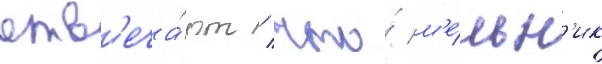
отв'еча́ют / что́ м'е́льн'ик